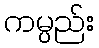
ကမ္ပည်း